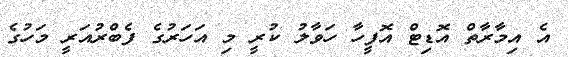
އެ އިމާރާތް އޮޑިޓް އޮފީހާ ހަވާލު ކުރީ މި އަހަރުގެ ފެބްރުއަރީ މަހުގެ